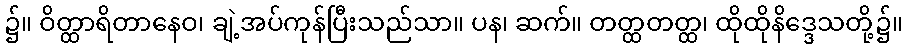
၌။ ဝိတ္ထာရိတာနေဝ၊ ချဲ့အပ်ကုန်ပြီးသည်သာ။ ပန၊ ဆက်။ တတ္ထတတ္ထ၊ ထိုထိုနိဒ္ဒေသတို့၌။